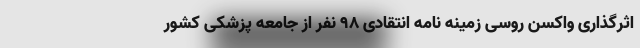
اثرگذاری واکسن روسی زمینه نامه انتقادی 98 نفر از جامعه پزشکی کشور